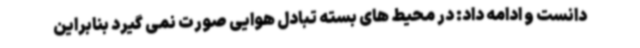
دانست و ادامه داد: در محیط های بسته تبادل هوایی صورت نمی گیرد بنابراین